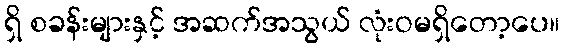
ရှိ စခန်းများနှင့် အဆက်အသွယ် လုံးဝမရှိတော့ပေ။